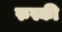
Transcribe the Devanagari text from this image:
रुस्की